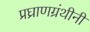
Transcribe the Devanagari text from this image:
प्रघ्राणग्रंथीनी